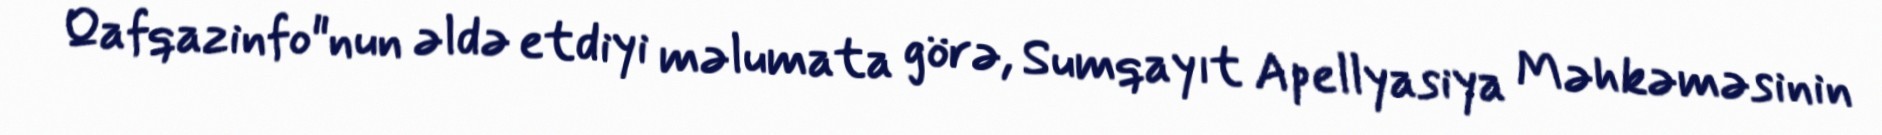
Qafqazinfo"nun əldə etdiyi məlumata görə, Sumqayıt Apellyasiya Məhkəməsinin